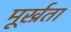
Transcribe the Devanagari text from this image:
मूर्ख्रता